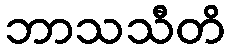
ဘာသသီတိ